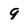
Character: 9